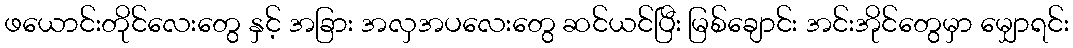
ဖယောင်းတိုင်လေးတွေ နှင့် အခြား အလှအပလေးတွေ ဆင်ယင်ပြီး မြစ်ချောင်း အင်းအိုင်တွေမှာ မျှောရင်း